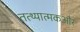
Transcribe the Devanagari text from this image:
तत्थ्यात्मकऔर